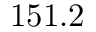
1 5 1 . 2